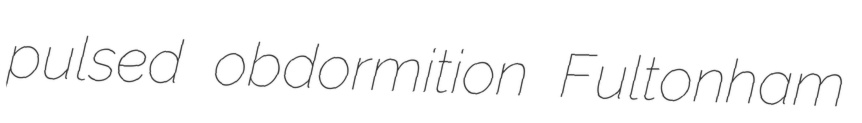
pulsed obdormition Fultonham